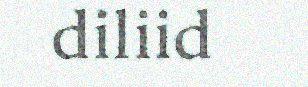
diliid